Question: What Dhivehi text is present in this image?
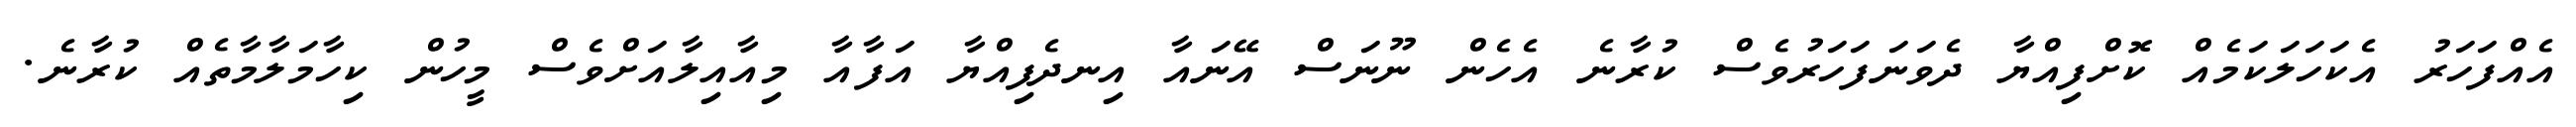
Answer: އެއްފަހަރު އެކަހަލަކަމެއް ކޮށްފިއްޔާ ދެވަނަފަހަރުވެސް ކުރާނެ އެހެން ނޫނަސް އޭނައާ އިނދެފިއްޔާ އަފާއާ މިއާއިލާއަށްވެސް މީހުން ކިހާމަލާމާތެއް ކުރާނެ.